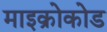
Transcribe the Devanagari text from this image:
माइक्रोकोड